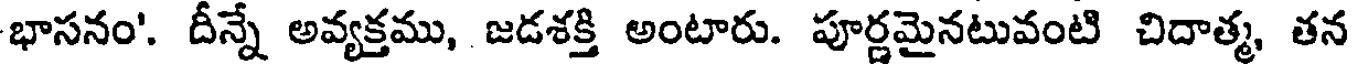
భాసనం'. దీన్నే అవ్యక్తము, జడశక్తి అంటారు. పూర్ణమైనటువంటి చిదాత్మ, తన